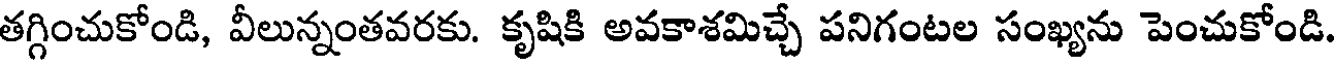
తగ్గించుకోండి, వీలున్నంతవరకు. కృషికి అవకాశమిచ్చే పనిగంటల సంఖ్యను పెంచుకోండి